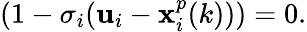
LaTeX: (1-\sigma_{i}(\mathbf{u}_{i}-\mathbf{x}_{i}^{p}(k)))=0.